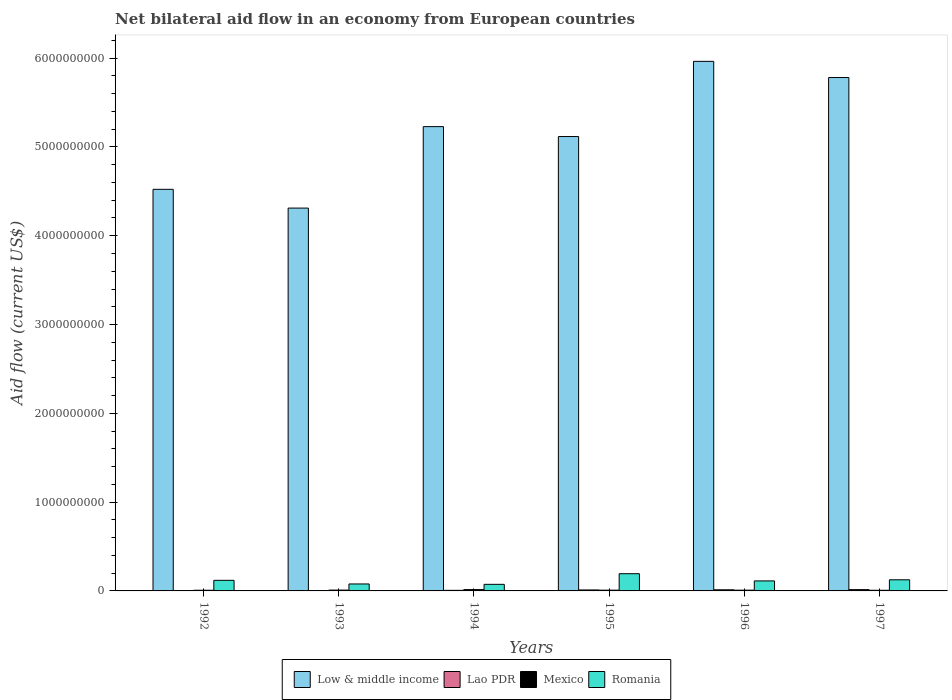
| Years | Low & middle income | Lao PDR | Mexico | Romania |
 | --- | --- | --- | --- | --- |
 | 1992 | 4.52e+09 | 3.07e+06 | 7.63e+06 | 1.19e+08 |
 | 1993 | 4.31e+09 | 3.56e+06 | 9.34e+06 | 7.84e+07 |
 | 1994 | 5.23e+09 | 6.52e+06 | 1.49e+07 | 7.42e+07 |
 | 1995 | 5.12e+09 | 1.1e+07 | 8.44e+06 | 1.94e+08 |
 | 1996 | 5.96e+09 | 1.28e+07 | 8.5e+06 | 1.13e+08 |
 | 1997 | 5.78e+09 | 1.47e+07 | 7.37e+06 | 1.25e+08 |